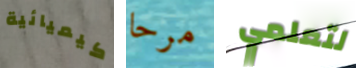
كيميائية مرحا لتعلمي